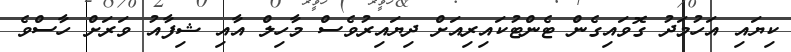
ކިޔައި އަހުމަދު ގޮވައިގެން ޓެންޓުކައިރިއަށް ދިޔައިރުވެސް މާހިލް އާއި ޝިފާއު ވަރަށް ހާސްވެ